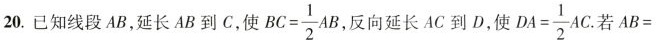
20.已知线段AB，延长AB到C，使 $$B C = \frac {1} {2} A B$$ 反向延长AC到D，使 $$D A = \frac {1} {2} A C$$ 若$$A B =